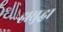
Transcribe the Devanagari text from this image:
हासुद्घा